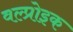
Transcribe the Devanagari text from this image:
वल्प्रोइक